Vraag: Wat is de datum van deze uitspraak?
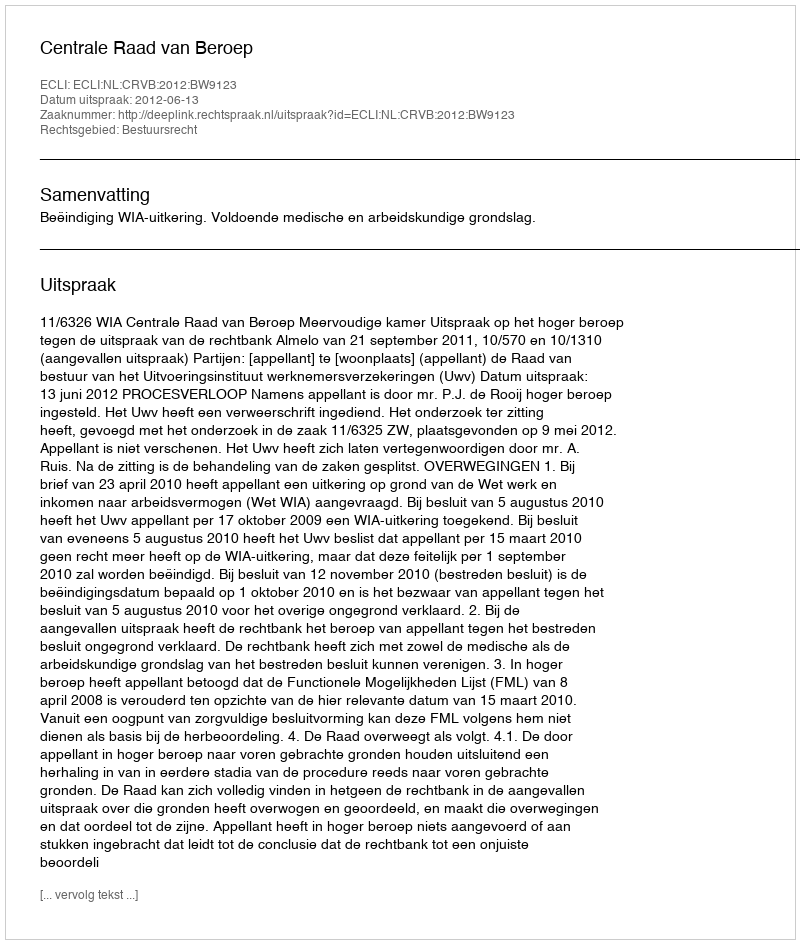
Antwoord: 2012-06-13